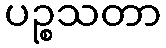
ပဉ္စသတာ